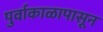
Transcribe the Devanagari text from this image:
पुर्वाकाळापासून